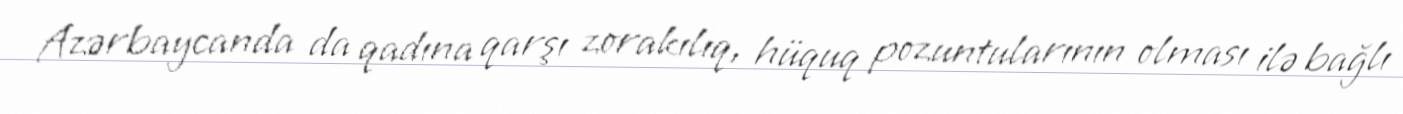
Azərbaycanda da qadına qarşı zorakılıq, hüquq pozuntularının olması ilə bağlı